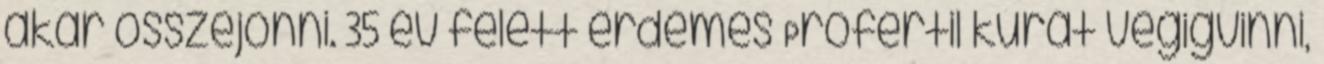
akar összejönni. 35 év felett érdemes Profertil kúrát végigvinni,